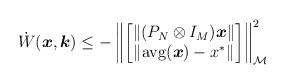
LaTeX: \begin{align*} \dot W(\boldsymbol{x}, \boldsymbol{k}) \le -\left\| \begin{bmatrix}\|(P_N\otimes I_{M}) \boldsymbol{x}\|\\\|{\rm avg}(\boldsymbol{x})- {x}^*\|\end{bmatrix}\right\|_{{\mathcal{M}}}^{2}\end{align*}